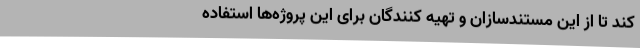
کند تا از این مستندسازان و تهیه کنندگان برای این پروژه‌ها استفاده